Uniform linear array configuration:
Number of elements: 48
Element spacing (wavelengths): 0.25
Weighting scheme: binomial
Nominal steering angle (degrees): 60
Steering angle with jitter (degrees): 61.172
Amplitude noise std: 0.05
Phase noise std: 0.05

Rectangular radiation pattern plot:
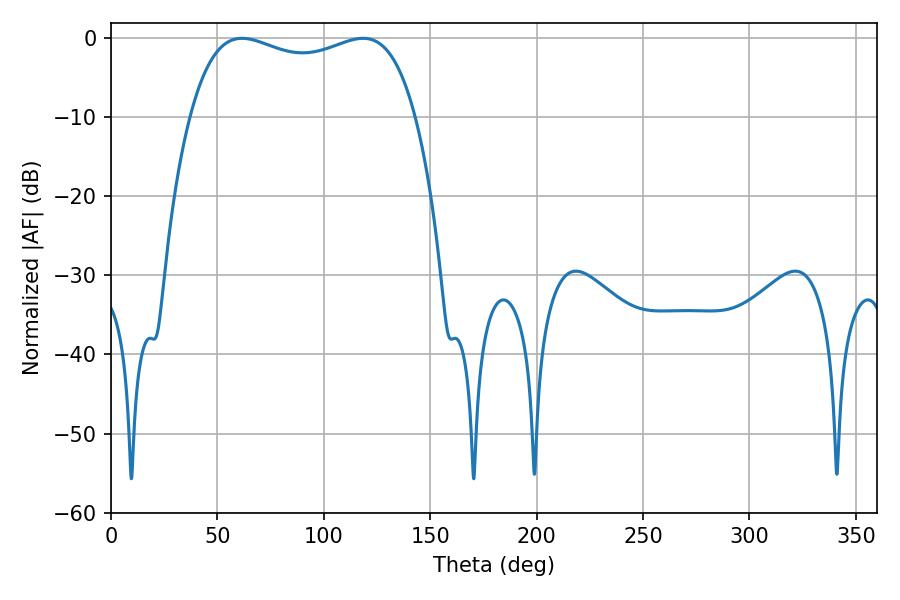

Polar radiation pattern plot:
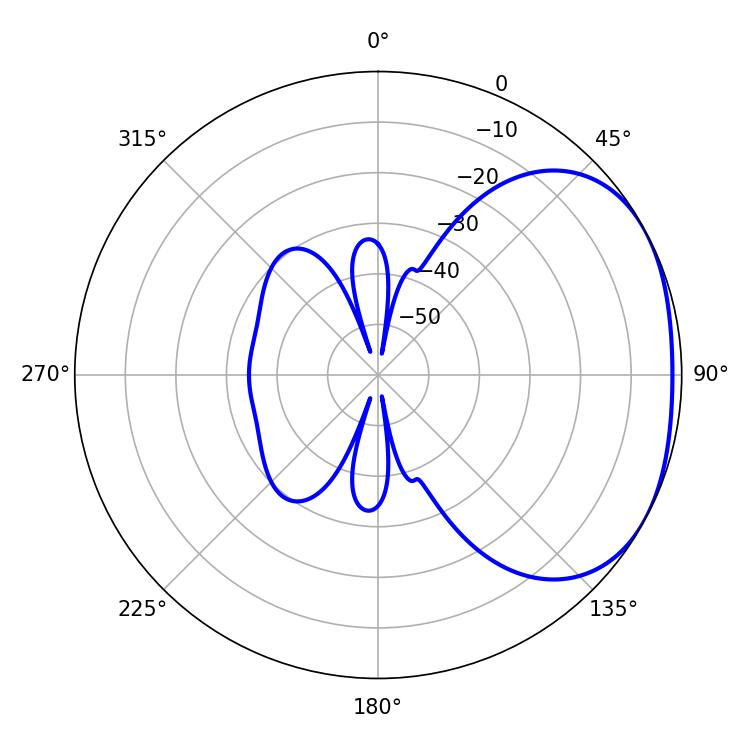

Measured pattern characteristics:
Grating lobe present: FALSE
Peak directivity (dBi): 2.27
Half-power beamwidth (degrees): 86.76
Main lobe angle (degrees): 61.56